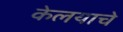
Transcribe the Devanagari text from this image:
केलयाचे